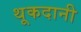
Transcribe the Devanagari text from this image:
थूकदानी